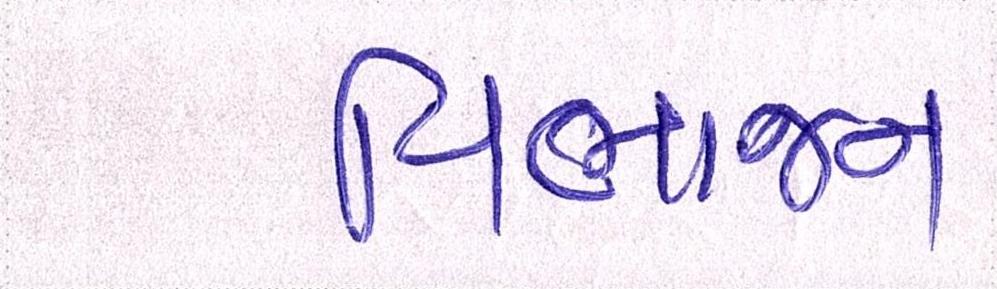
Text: વિભાજન